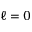
\ell = 0